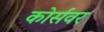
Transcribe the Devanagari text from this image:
कोर्सवर